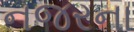
નજરના